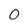
Character: 0